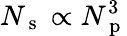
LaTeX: N_{\mathrm{~s~}}\propto N_{\mathrm{~p~}}^{3}